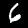
Digit: 6